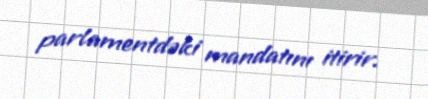
parlamentdəki mandatını itirir.